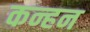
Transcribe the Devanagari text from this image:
कन्हन